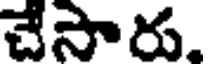
చేసారు.